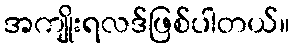
အကျိုးရလဒ်ဖြစ်ပါတယ်။